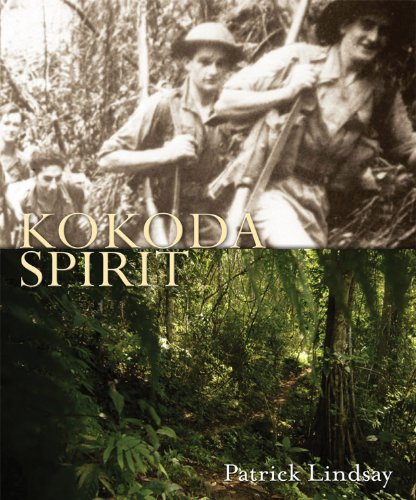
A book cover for Kokoda Spirit; Patrick Lindsay; History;